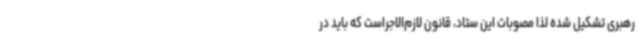
رهبری تشکیل شده لذا مصوبات این ستاد، قانون لازم‌الاجراست که باید در